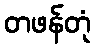
တဖန်တုံ